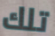
تلك